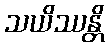
သယိဿန္တိ